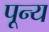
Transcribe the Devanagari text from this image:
पून्य